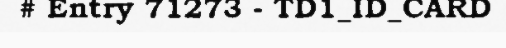
# Entry 71273 - TD1_ID_CARD